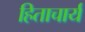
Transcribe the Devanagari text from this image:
हिताचार्य